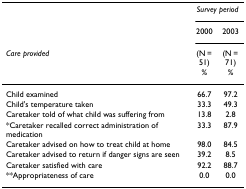
|  | <COLSPAN=2> Survey period |
 |  | 2000 | 2003 |
 | Care provided | (N = 51) % | (N = 71) % |
 | --- | --- | --- |
 | Child examined | 66.7 | 97.2 |
 | Child's temperature taken | 33.3 | 49.3 |
 | Caretaker told of what child was suffering from | 13.8 | 2.8 |
 | *Caretaker recalled correct administration of medication | 33.3 | 87.9 |
 | Caretaker advised on how to treat child at home | 98.0 | 84.5 |
 | Caretaker advised to return if danger signs are seen | 39.2 | 8.5 |
 | Caretaker satisfied with care | 92.2 | 88.7 |
 | **Appropriateness of care | 0.0 | 0.0 |